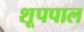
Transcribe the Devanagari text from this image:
शूपपाल